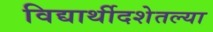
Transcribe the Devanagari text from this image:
विद्यार्थीदशेतल्या